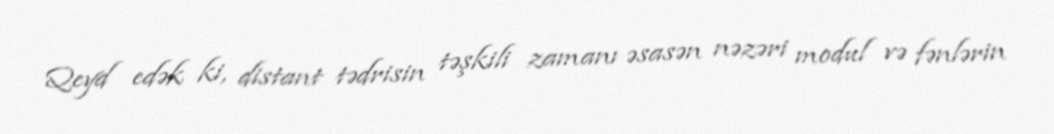
Qeyd edək ki, distant tədrisin təşkili zamanı əsasən nəzəri modul və fənlərin